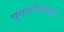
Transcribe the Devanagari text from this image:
पुनरारंभाच्या